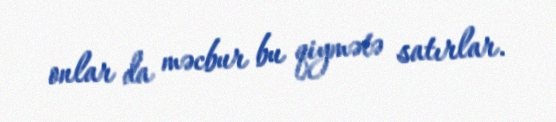
onlar da məcbur bu qiymətə satırlar.